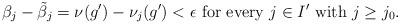
LaTeX: \begin{align*}\beta_j-\tilde{\beta}_j=\nu(g')-\nu_j(g')<\epsilon\mbox{ for every }j\in I'\mbox{ with }j\geq j_0.\end{align*}